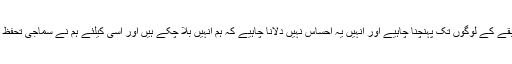
انہوں نے کہا کہ پہلا یہ کہ مشکل سے گزرنے کے باوجود کمزور، غریب طبقے کے لوگوں تک پہنچنا چاہیے اور انہیں یہ احساس نہیں دلانا چاہیے کہ ہم انہیں بلا چکے ہیں اور اسی کیلئے ہم نے سماجی تحفظ کے موجودہ بجٹ کو 100 ارب سے بڑھا کر 191 ارب روپے تک لے گئے۔